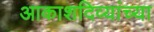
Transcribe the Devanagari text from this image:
आकाशदिव्यांच्या